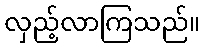
လှည့်လာကြသည်။